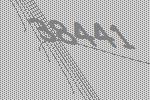
38441